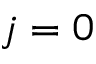
j = 0